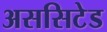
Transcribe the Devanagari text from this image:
अससिटेड